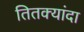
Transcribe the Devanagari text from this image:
तितक्यांदा